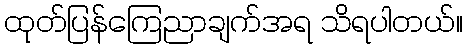
ထုတ်ပြန်ကြေညာချက်အရ သိရပါတယ်။